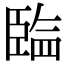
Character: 𰯲